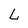
Character: L